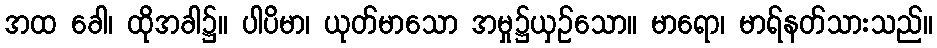
အထ ခေါ၊ ထိုအခါ၌။ ပါပိမာ၊ ယုတ်မာသော အမှု၌ယှဉ်သော။ မာရော၊ မာရ်နတ်သားသည်။